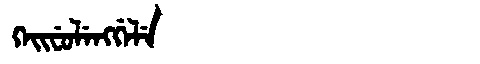
Manchu: ᡴᡝᡳᠸᡠᠯᡝᠩᡤᡝᠯᡝ
Romanization: KEIFULENGGELE